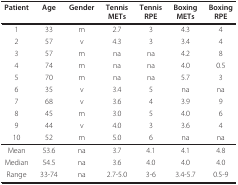
| Patient | Age | Gender | TennisMETs | TennisRPE | BoxingMETs | BoxingRPE |
 | --- | --- | --- | --- | --- | --- | --- |
 | 1 | 33 | m | 2.7 | 3 | 4.3 | 4 |
 | 2 | 57 | v | 4.3 | 3 | 3.4 | 4 |
 | 3 | 57 | m | na | na | 4.2 | 8 |
 | 4 | 74 | m | na | na | 4.0 | 0.5 |
 | 5 | 70 | m | na | na | 5.7 | 3 |
 | 6 | 35 | v | 3.4 | 5 | na | na |
 | 7 | 68 | v | 3.6 | 4 | 3.9 | 9 |
 | 8 | 45 | m | 3.0 | 5 | 4.0 | 6 |
 | 9 | 44 | v | 4.0 | 3 | 3.6 | 4 |
 | 10 | 52 | m | 5.0 | 6 | na | na |
 | Mean | 53.6 | na | 3.7 | 4.1 | 4.1 | 4.8 |
 | Median | 54.5 | na | 3.6 | 4.0 | 4.0 | 4.0 |
 | Range | 33-74 | na | 2.7-5.0 | 3-6 | 3.4-5.7 | 0.5-9 |